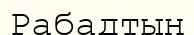
Рабадтың